Indian journal of veterinary science and animal husbandry - Volumes 15-17, 1948-1951
Year: 1948
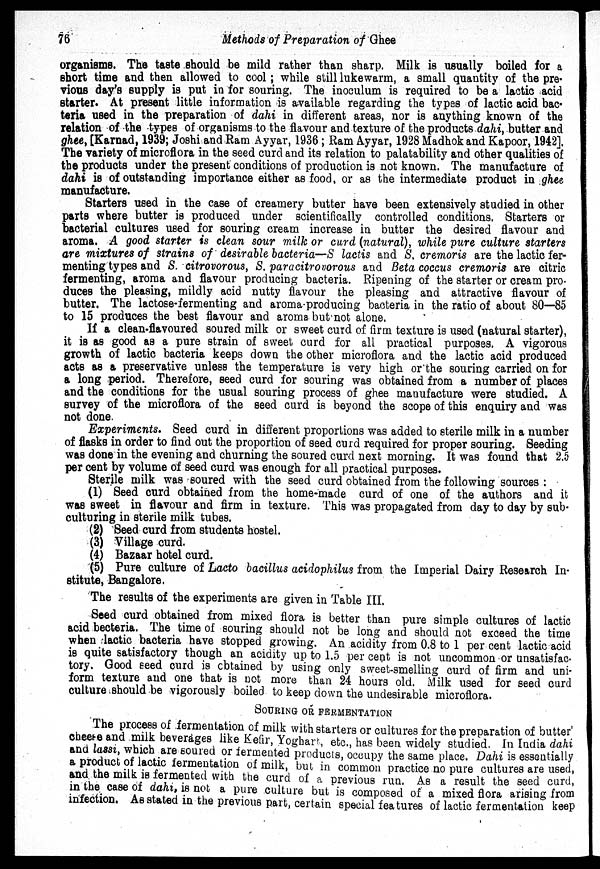
76
Methods of Preparation of Ghee
organisms. The taste should be mild rather than sharp. Milk is usually boiled for a
short time and then allowed to cool ; while still lukewarm, a small quantity of the pre-
vious day's supply is put in for souring. The inoculum is required to be a lactic acid
starter. At present little information is available regarding the types of lactic acid bac-
teria used in the preparation of dahi in different areas, nor is anything known of the
relation of the types of organisms to the flavour and texture of the products dahi, butter and
ghee, [Karnad, 1939; Joshi and Ram Ayyar, 1936 ; Ram Ayyar, 1928 Madhok and Kapoor, 1942].
The variety of microflora in the seed curd and its relation to palatability and other qualities of
the products under the present conditions of production is not known. The manufacture of
dahi is of outstanding importance either as food, or as the intermediate product in ghee
manufacture.
Starters used in the case of creamery butter have been extensively studied in other
parts where butter is produced under scientifically controlled conditions. Starters or
bacterial cultures used for souring cream increase in butter the desired flavour and
aroma. A good starter is clean sour milk or curd (natural), while pure culture starters
are mixtures of strains of desirable bacteria—S lactis and S. cremoris are the lactic fer-
menting types and S. citrovorous, S. paracitrovorous and Beta coccus cremoris are citric
fermenting, aroma and flavour producing bacteria. Ripening of the starter or cream pro-
duces the pleasing, mildly acid nutty flavour the pleasing and attractive flavour of
butter. The lactose-fermenting and aroma producing bacteria in the ratio of about 80—85
to 15 produces the best flavour and aroma but not alone.
If a clean-flavoured soured milk or sweet curd of firm texture is used (natural starter),
it is as good as a pure strain of sweet curd for all practical purposes. A vigorous
growth of lactic bacteria keeps down the other microflora and the lactic acid produced
acts as a preservative unless the temperature is very high or the souring carried on for
a long period. Therefore, seed curd for souring was obtained from a number of places
and the conditions for the usual souring process of ghee manufacture were studied. A
survey of the microflora of the seed curd is beyond the scope of this enquiry and was
not done.
Experiments. Seed curd in different proportions was added to sterile milk in a number
of flasks in order to find out the proportion of seed curd required for proper souring. Seeding
was done in the evening and churning the soured curd next morning. It was found that 2.5
per cent by volume of seed curd was enough for all practical purposes.
Sterile milk was soured with the seed curd obtained from the following sources :
(1) Seed curd obtained from the home-made curd of one of the authors and it
was sweet in flavour and firm in texture. This was propagated from day to day by sub-
culturing in sterile milk tubes.
(2) Seed curd from students hostel.
(3) Village curd.
(4) Bazaar hotel curd.
(5) Pure culture of Lacto bacillus acidophilus from the Imperial Dairy Research In-
stitute, Bangalore.
The results of the experiments are given in Table III.
Seed curd obtained from mixed flora is better than pure simple cultures of lactic
acid becteria. The time of souring should not be long and should not exceed the time
when lactic bacteria have stopped growing. An acidity from 0.8 to 1 per cent lactic acid
is quite satisfactory though an acidity up to 1.5 per cent is not uncommon or unsatisfac-
tory. Good seed curd is obtained by using only sweet-smelling curd of firm and uni-
form texture and one that is not more than 24 hours old. Milk used for seed curd
culture should be vigorously boiled to keep down the undesirable microflora.
SOURING OR FERMENTATION
The process of fermentation of milk with starters or cultures for the preparation of butter'
cheese and milk beverages like Kefir, Yoghart, etc., has been widely studied. In India dahi
and lassi, which are soured or fermented products, occupy the same place. Dahi is essentially
a product of lactic fermentation of milk, but in common practice no pure cultures are used,
and the milk is fermented with the curd of a previous run. As a result the seed curd,
in the case of dahi, is not a pure culture but is composed of a mixed flora arising from
infection. As stated in the previous part, certain special features of lactic fermentation keep